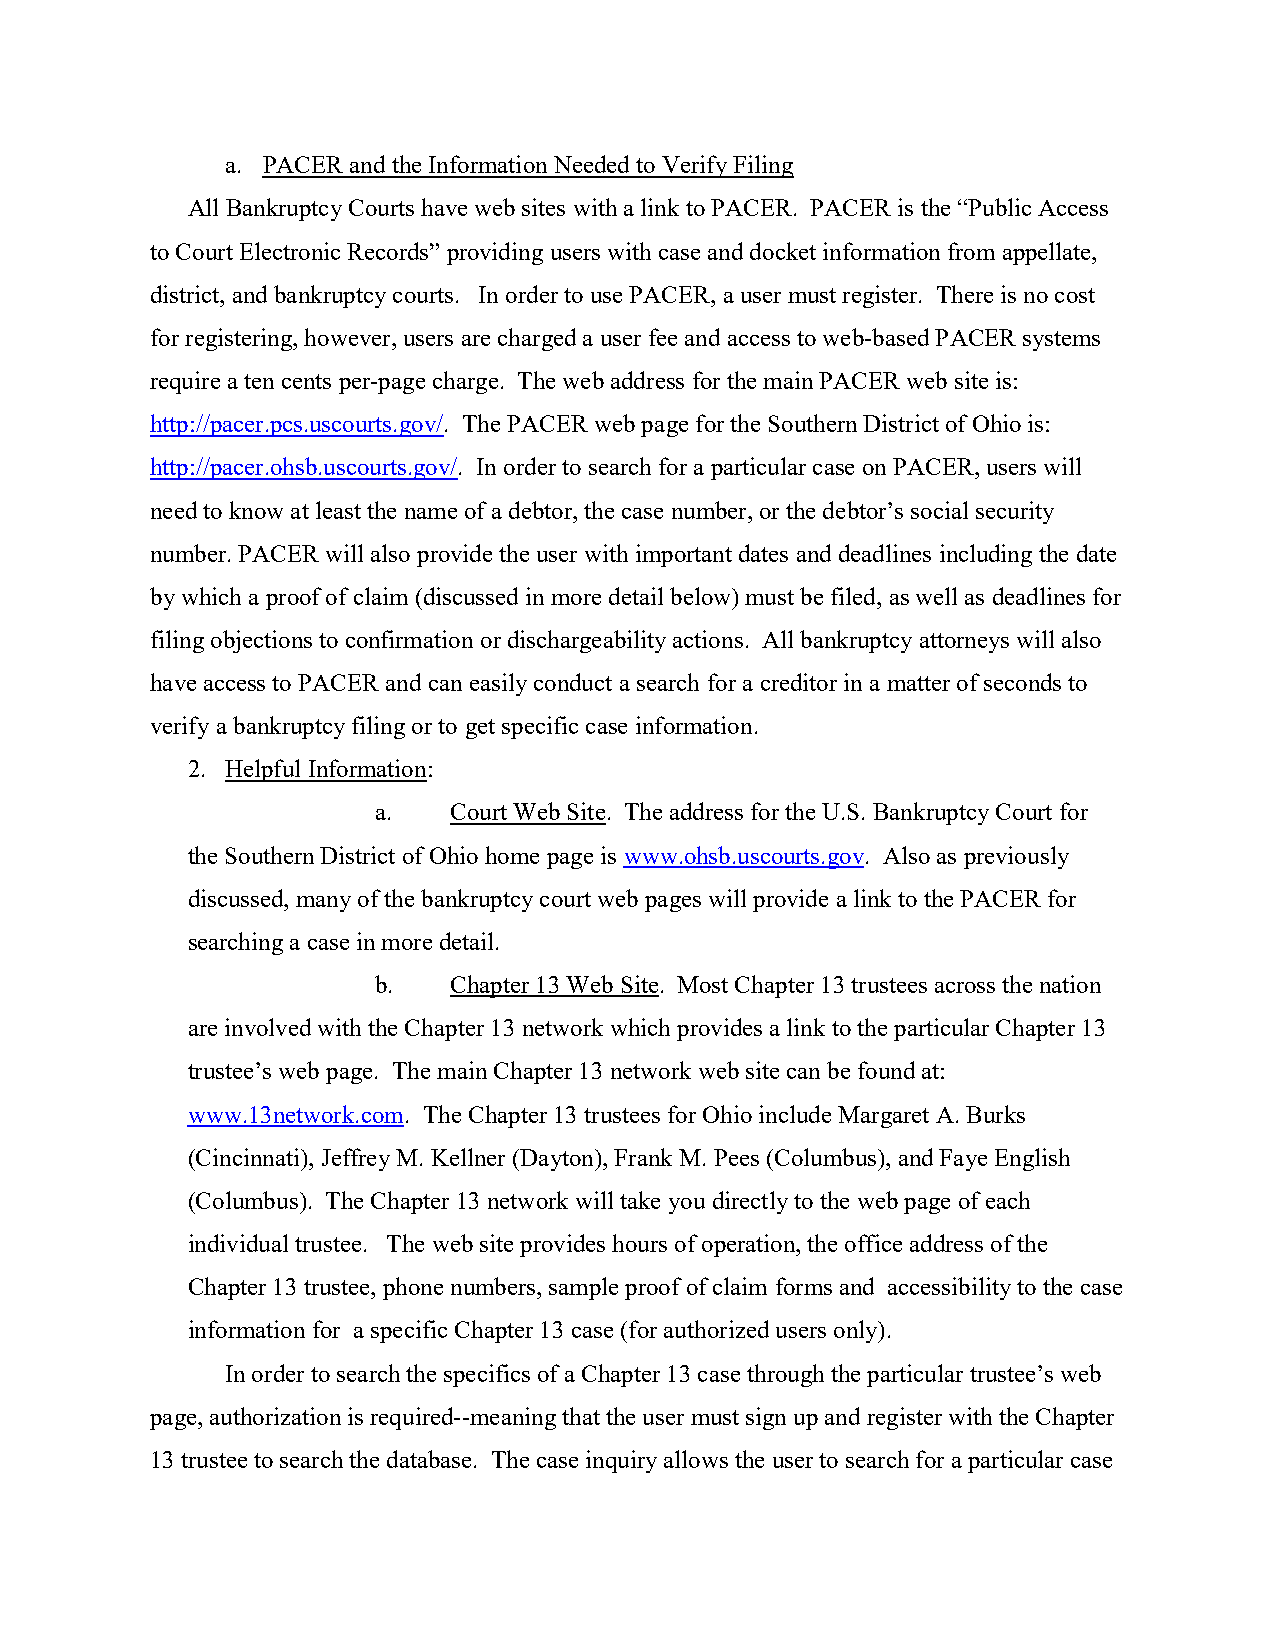
a. PACER and the Information Needed to Verify Filing
 All Bankruptcy Courts have web sites with a link to PACER. PACER is the “Public Access
 to Court Electronic Records” providing users with case and docket information from appellate,
 district, and bankruptcy courts. In order to use PACER, a user must register. There is no cost
 for registering, however, users are charged a user fee and access to web-based PACER systems
 require a ten cents per-page charge. The web address for the main PACER web site is:
 http://pacer.pcs.uscourts.gov/. The PACER web page for the Southern District of Ohio is:
 http://pacer.ohsb.uscourts.gov/. In order to search for a particular case on PACER, users will
 need to know at least the name of a debtor, the case number, or the debtor’s social security
 number. PACER will also provide the user with important dates and deadlines including the date
 by which a proof of claim (discussed in more detail below) must be filed, as well as deadlines for
 filing objections to confirmation or dischargeability actions. All bankruptcy attorneys will also
 have access to PACER and can easily conduct a search for a creditor in a matter of seconds to
 verify a bankruptcy filing or to get specific case information.
 2. Helpful Information:
 a.   Court Web Site. The address for the U.S. Bankruptcy Court for
 the Southern District of Ohio home page is www.ohsb.uscourts.gov. Also as previously
 discussed, many of the bankruptcy court web pages will provide a link to the PACER for
 searching a case in more detail.
 b.   Chapter 13 Web Site. Most Chapter 13 trustees across the nation
 are involved with the Chapter 13 network which provides a link to the particular Chapter 13
 trustee’s web page. The main Chapter 13 network web site can be found at:
 www.13network.com. The Chapter 13 trustees for Ohio include Margaret A. Burks
 (Cincinnati), Jeffrey M. Kellner (Dayton), Frank M. Pees (Columbus), and Faye English
 (Columbus). The Chapter 13 network will take you directly to the web page of each
 individual trustee. The web site provides hours of operation, the office address of the
 Chapter 13 trustee, phone numbers, sample proof of claim forms and accessibility to the case
 information for a specific Chapter 13 case (for authorized users only).
 In order to search the specifics of a Chapter 13 case through the particular trustee’s web
 page, authorization is required--meaning that the user must sign up and register with the Chapter
 13 trustee to search the database. The case inquiry allows the user to search for a particular case